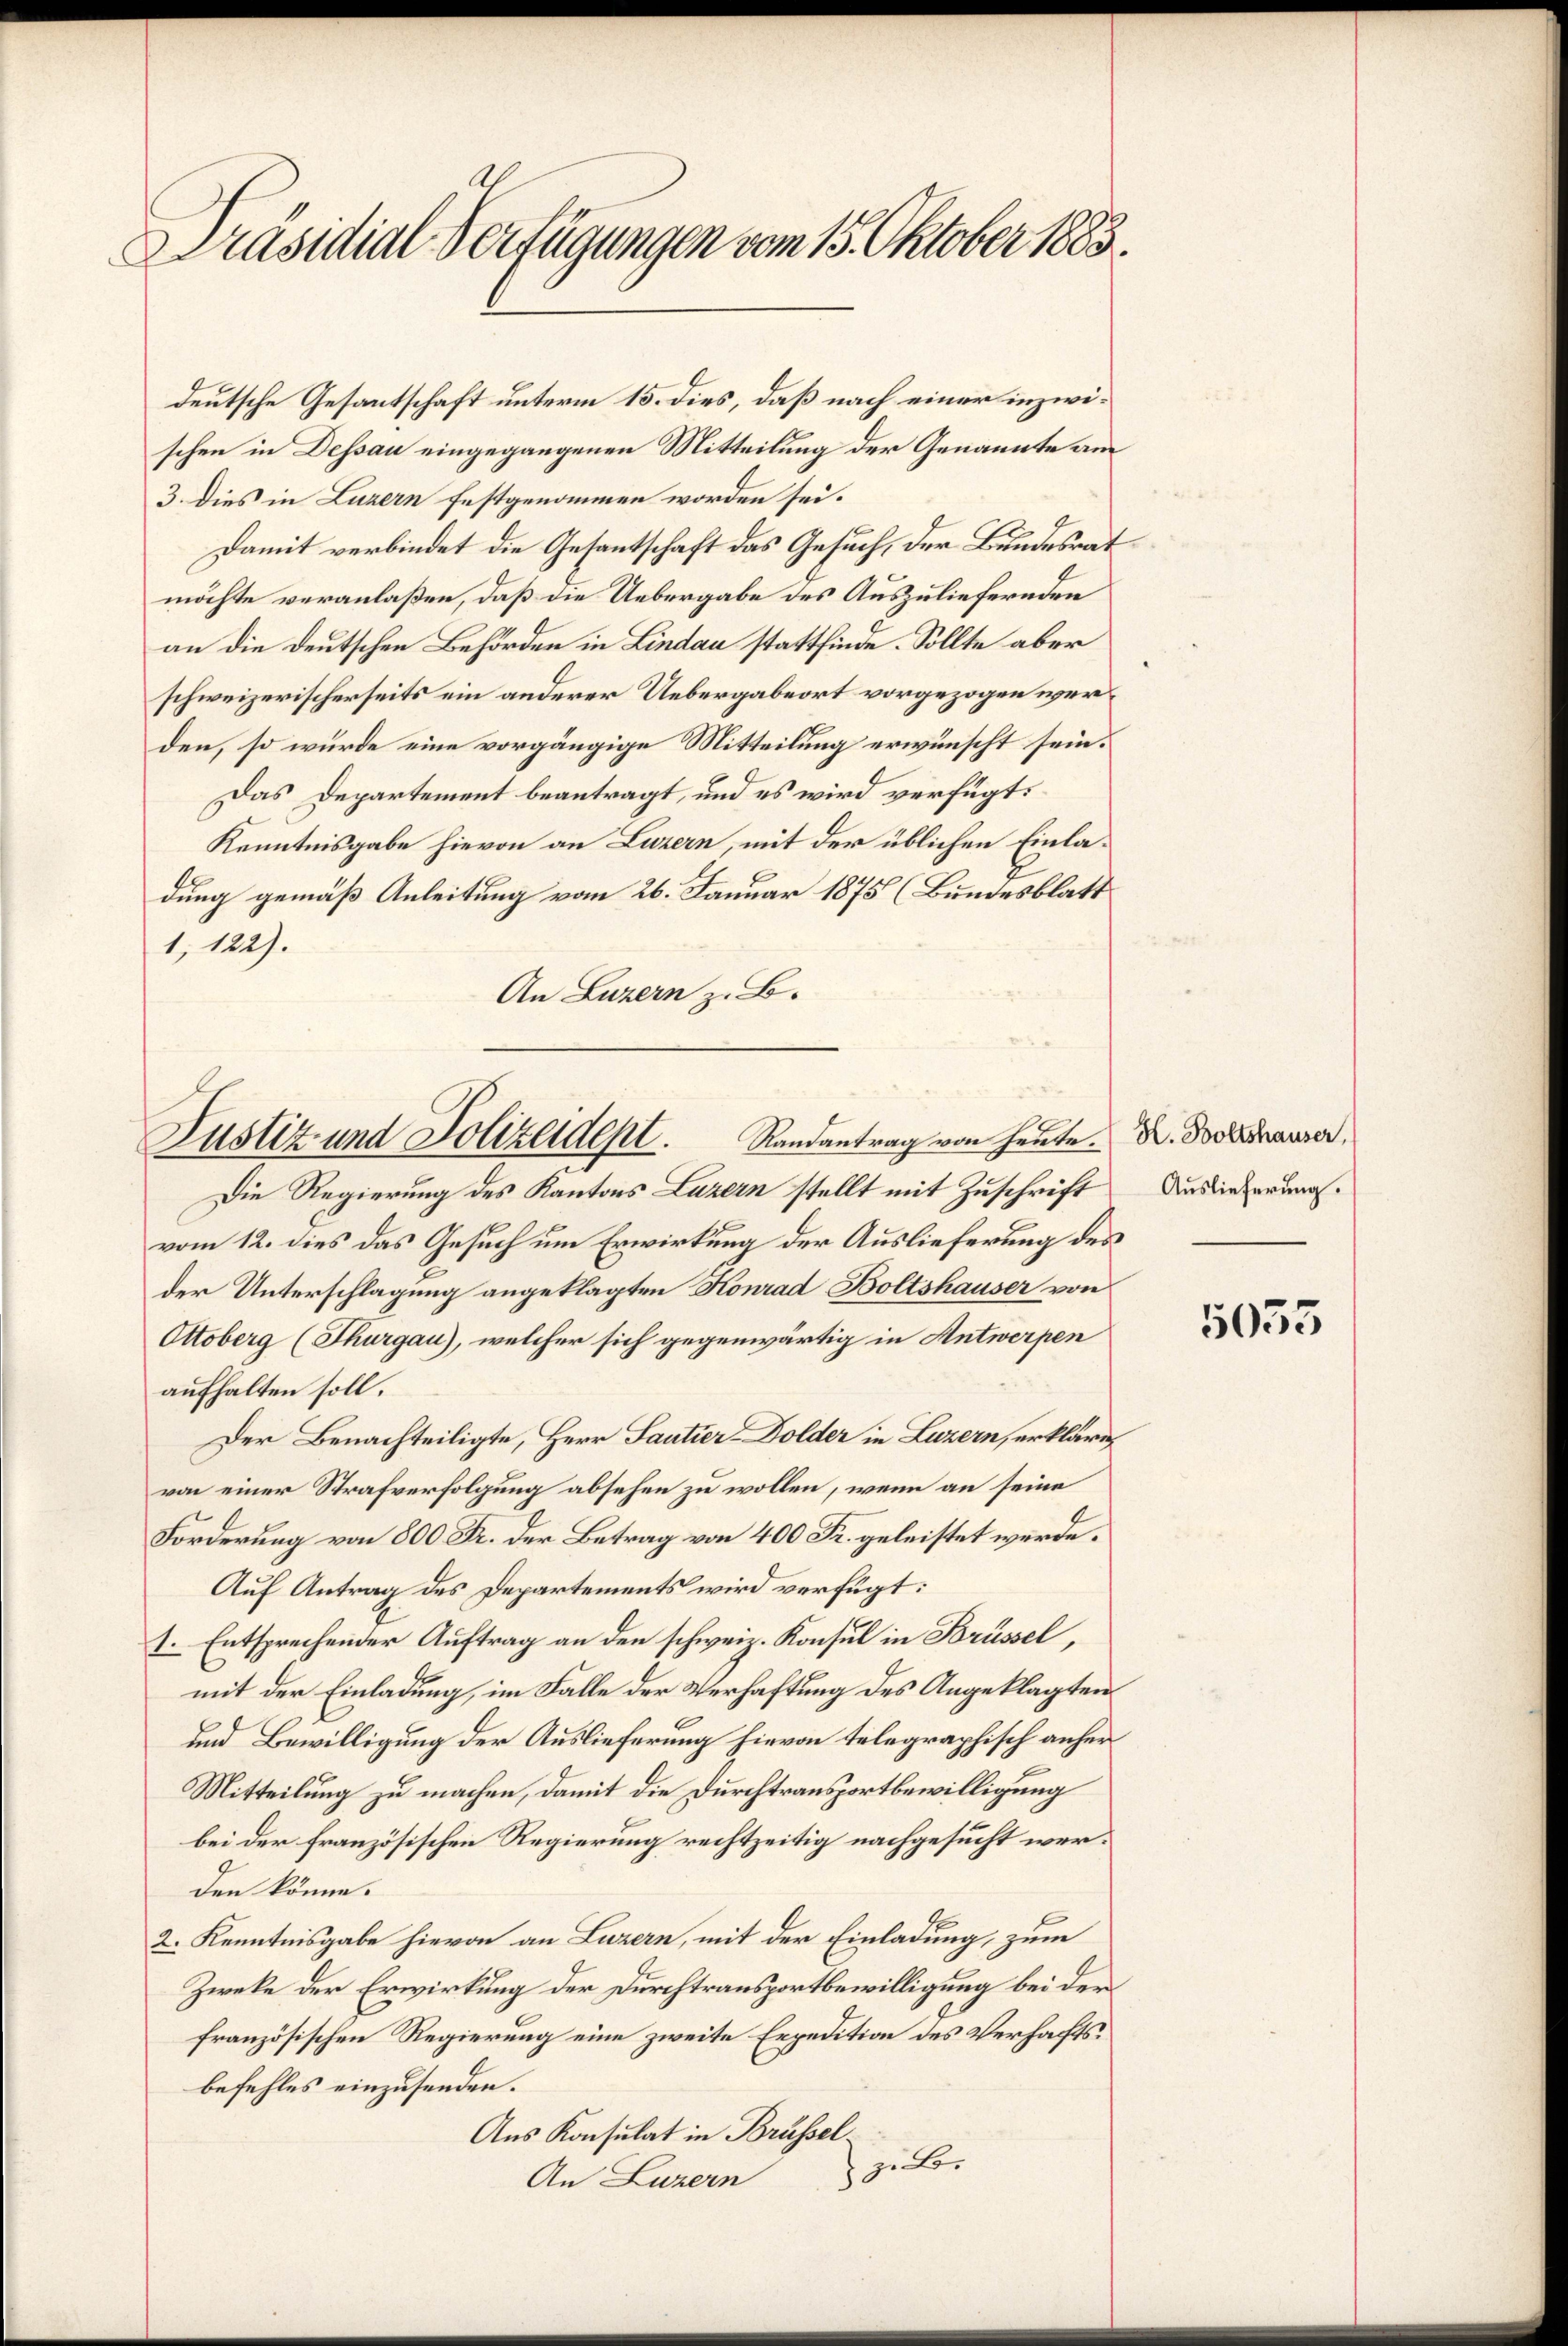
Präsidial-Verfügungen vom 15. Oktober 1883.

deutsche Gesantschaft unterm 15. dies, daß nach einer inzwischen in Dessau eingegangenen Mitteilung der Genannte am
3. dies in Luzern festgenommen worden sei.
Damit verbindet die Gesantschaft das Gesuch, der Bundesrat
möchte veranlaßen, daß die Uebergabe des Auszuliefernden
an die deutschen Behörden in Lindau stattfinde. Sollte aber
schweizerischerseits ein anderer Uebergabeort vorgezogen werden, so würde eine vorgängige Mitteilung erwünscht sein.
Das Departement beantragt, und es wird verfügt:
Kenntnisgabe hievon an Luzern, mit der üblichen Einladung gemäß Anleitung vom 26. Januar 1875 (Bundesblatt
1, 122).
An Luzern z. B.

Justiz- und Polizeident. Randantrag von heute. Dr. Behauser,

Die Regierung des Kantons Luzern stellt mit Zuschrift
vom 12. dies das Gesuch um Erwirkung der Auslieferung des
der Unterschlagung angeklagten Konrad Boltshauser von
Ottoberg (Thurgau), welcher sich gegenwärtig in Antwerpen
aufhalten soll.
Der Benachteiligte, Herr Santier- Dolder in Luzern, erkläre
von einer Strafverfolgung absehen zu wollen, wenn an seine
Forderung von 800. Fr. der Betrag von 400 Fr. geleistet werde.
Auf Antrag des Departements wird verfügt:
1. Entsprechender Auftrag an den schweiz. Konsul in Brüssel,
mit der Einladung, im Falle der Verhaftung des Angeklagten
und Bewilligung der Auslieferung hievon telegraphisch anher
Mitteilung zu machen, damit die Durchtransportbewilligung
bei der französischen Regierung rechtzeitig nachgesucht werden könne.
2. Kenntnisgabe hievon an Luzern, mit der Einladung, zum
Zweke der Erwirkung der Durchtransportbewilligung bei der
französischen Regierung eine zweite Expedition des Verfachtsbefehles einzusenden.
Aus Konsulat in Brüssel
) zu ber
An Luzern

Auslieferung.

5033